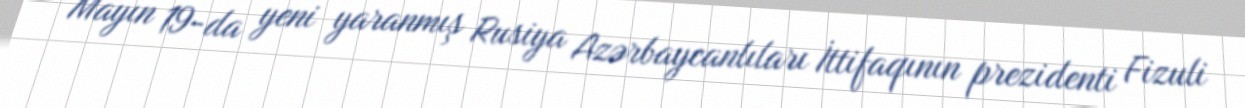
Mayın 19-da yeni yaranmış Rusiya Azərbaycanlıları İttifaqının prezidenti Fizuli